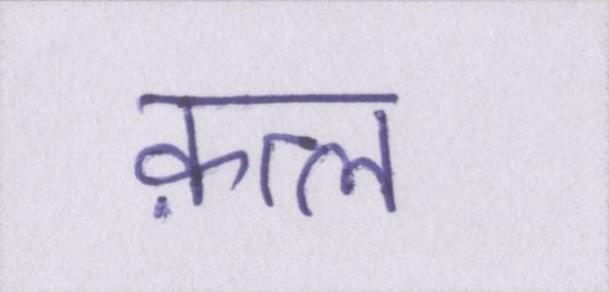
क़त्ल